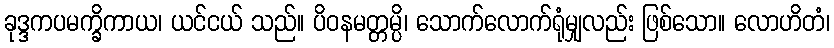
ခုဒ္ဒကပမက္ခိကာယ၊ ယင်ငယ် သည်။ ပိဝနမတ္တမ္ပိ၊ သောက်လောက်ရုံမျှလည်း ဖြစ်သော။ လောဟိတံ၊